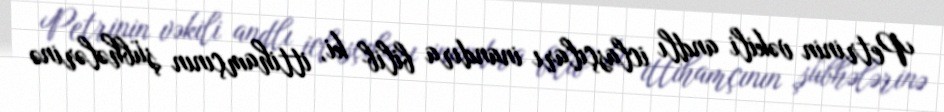
Petrinin vəkili andlı iclasçıları inandıra bilib ki, ittihamçının şübhələrinə